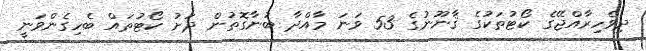
ދިވެހިރާއްޖޭގެ ކޯޓުތަކުގެ ޤާނޫނުގެ 53 ވަނަ މާއްދާ ބުނާގޮތުން ދަށު ކޯޓުތައް ބެހިގެންވަނީ